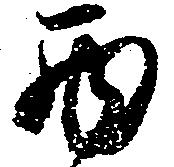
西